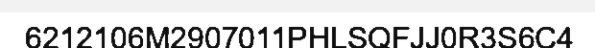
6212106M2907011PHLSQFJJ0R3S6C4